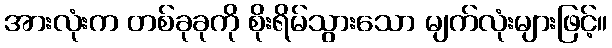
အားလုံးက တစ်ခုခုကို စိုးရိမ်သွားသော မျက်လုံးများဖြင့်။